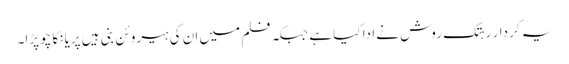
یہ کردار رہتک روش نے ادا کیا ہے جبکہ فلم میں ان کی ہیروئن بنی ہیں پریانکا چوپڑا۔